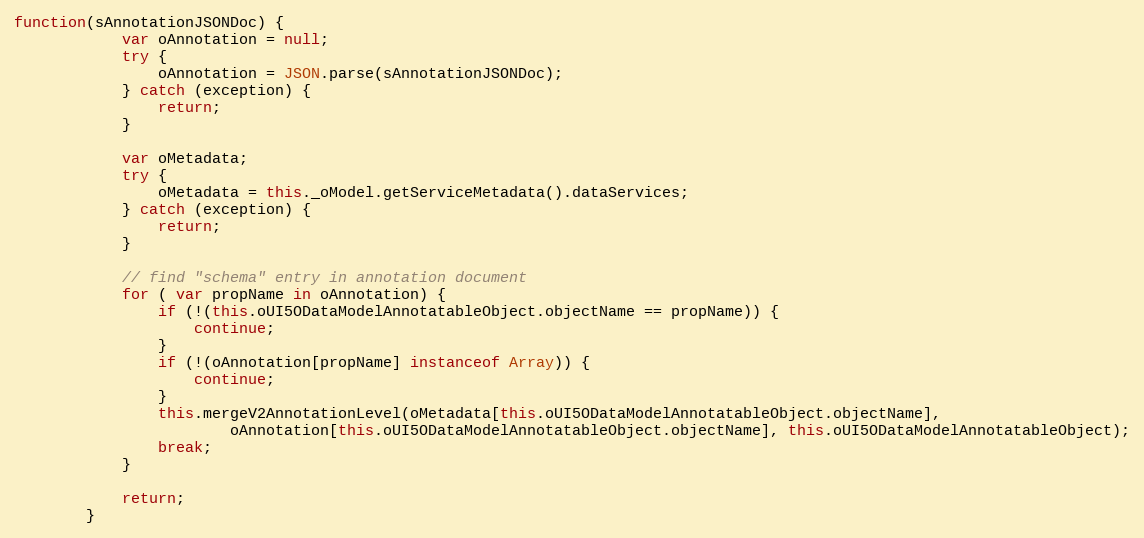
Language: JavaScript
function(sAnnotationJSONDoc) {
			var oAnnotation = null;
			try {
				oAnnotation = JSON.parse(sAnnotationJSONDoc);
			} catch (exception) {
				return;
			}

			var oMetadata;
			try {
				oMetadata = this._oModel.getServiceMetadata().dataServices;
			} catch (exception) {
				return;
			}

			// find "schema" entry in annotation document
			for ( var propName in oAnnotation) {
				if (!(this.oUI5ODataModelAnnotatableObject.objectName == propName)) {
					continue;
				}
				if (!(oAnnotation[propName] instanceof Array)) {
					continue;
				}
				this.mergeV2AnnotationLevel(oMetadata[this.oUI5ODataModelAnnotatableObject.objectName],
						oAnnotation[this.oUI5ODataModelAnnotatableObject.objectName], this.oUI5ODataModelAnnotatableObject);
				break;
			}

			return;
		}